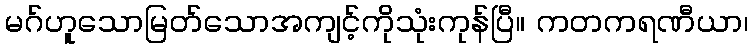
မဂ်ဟူသောမြတ်သောအကျင့်ကိုသုံးကုန်ပြီ။ ကတကရဏီယာ၊